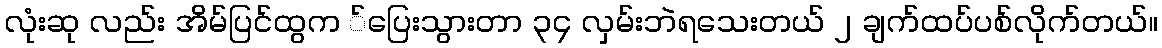
လုံးဆု လည်း အိမ်ပြင်ထွက ်ပြေးသွားတာ ၃၄ လှမ်းဘဲရသေးတယ် ၂ ချက်ထပ်ပစ်လိုက်တယ်။